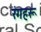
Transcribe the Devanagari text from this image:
रंगहरू